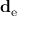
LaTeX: \mathbf { d } _ { \mathrm { { e } } }